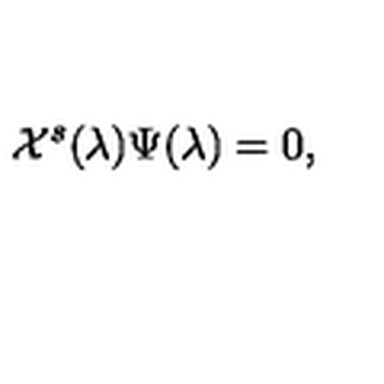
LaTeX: { \cal X } ^ { s } ( \lambda ) \Psi ( \lambda ) = 0 ,